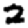
Digit: 2